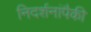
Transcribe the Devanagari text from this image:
निदर्शनांपैकी